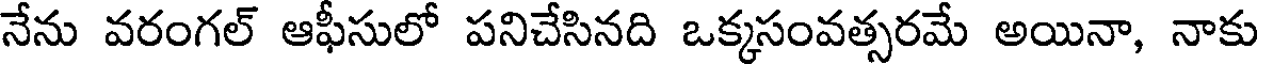
నేను వరంగల్ ఆఫీసులో పనిచేసినది ఒక్కసంవత్సరమే అయినా, నాకు